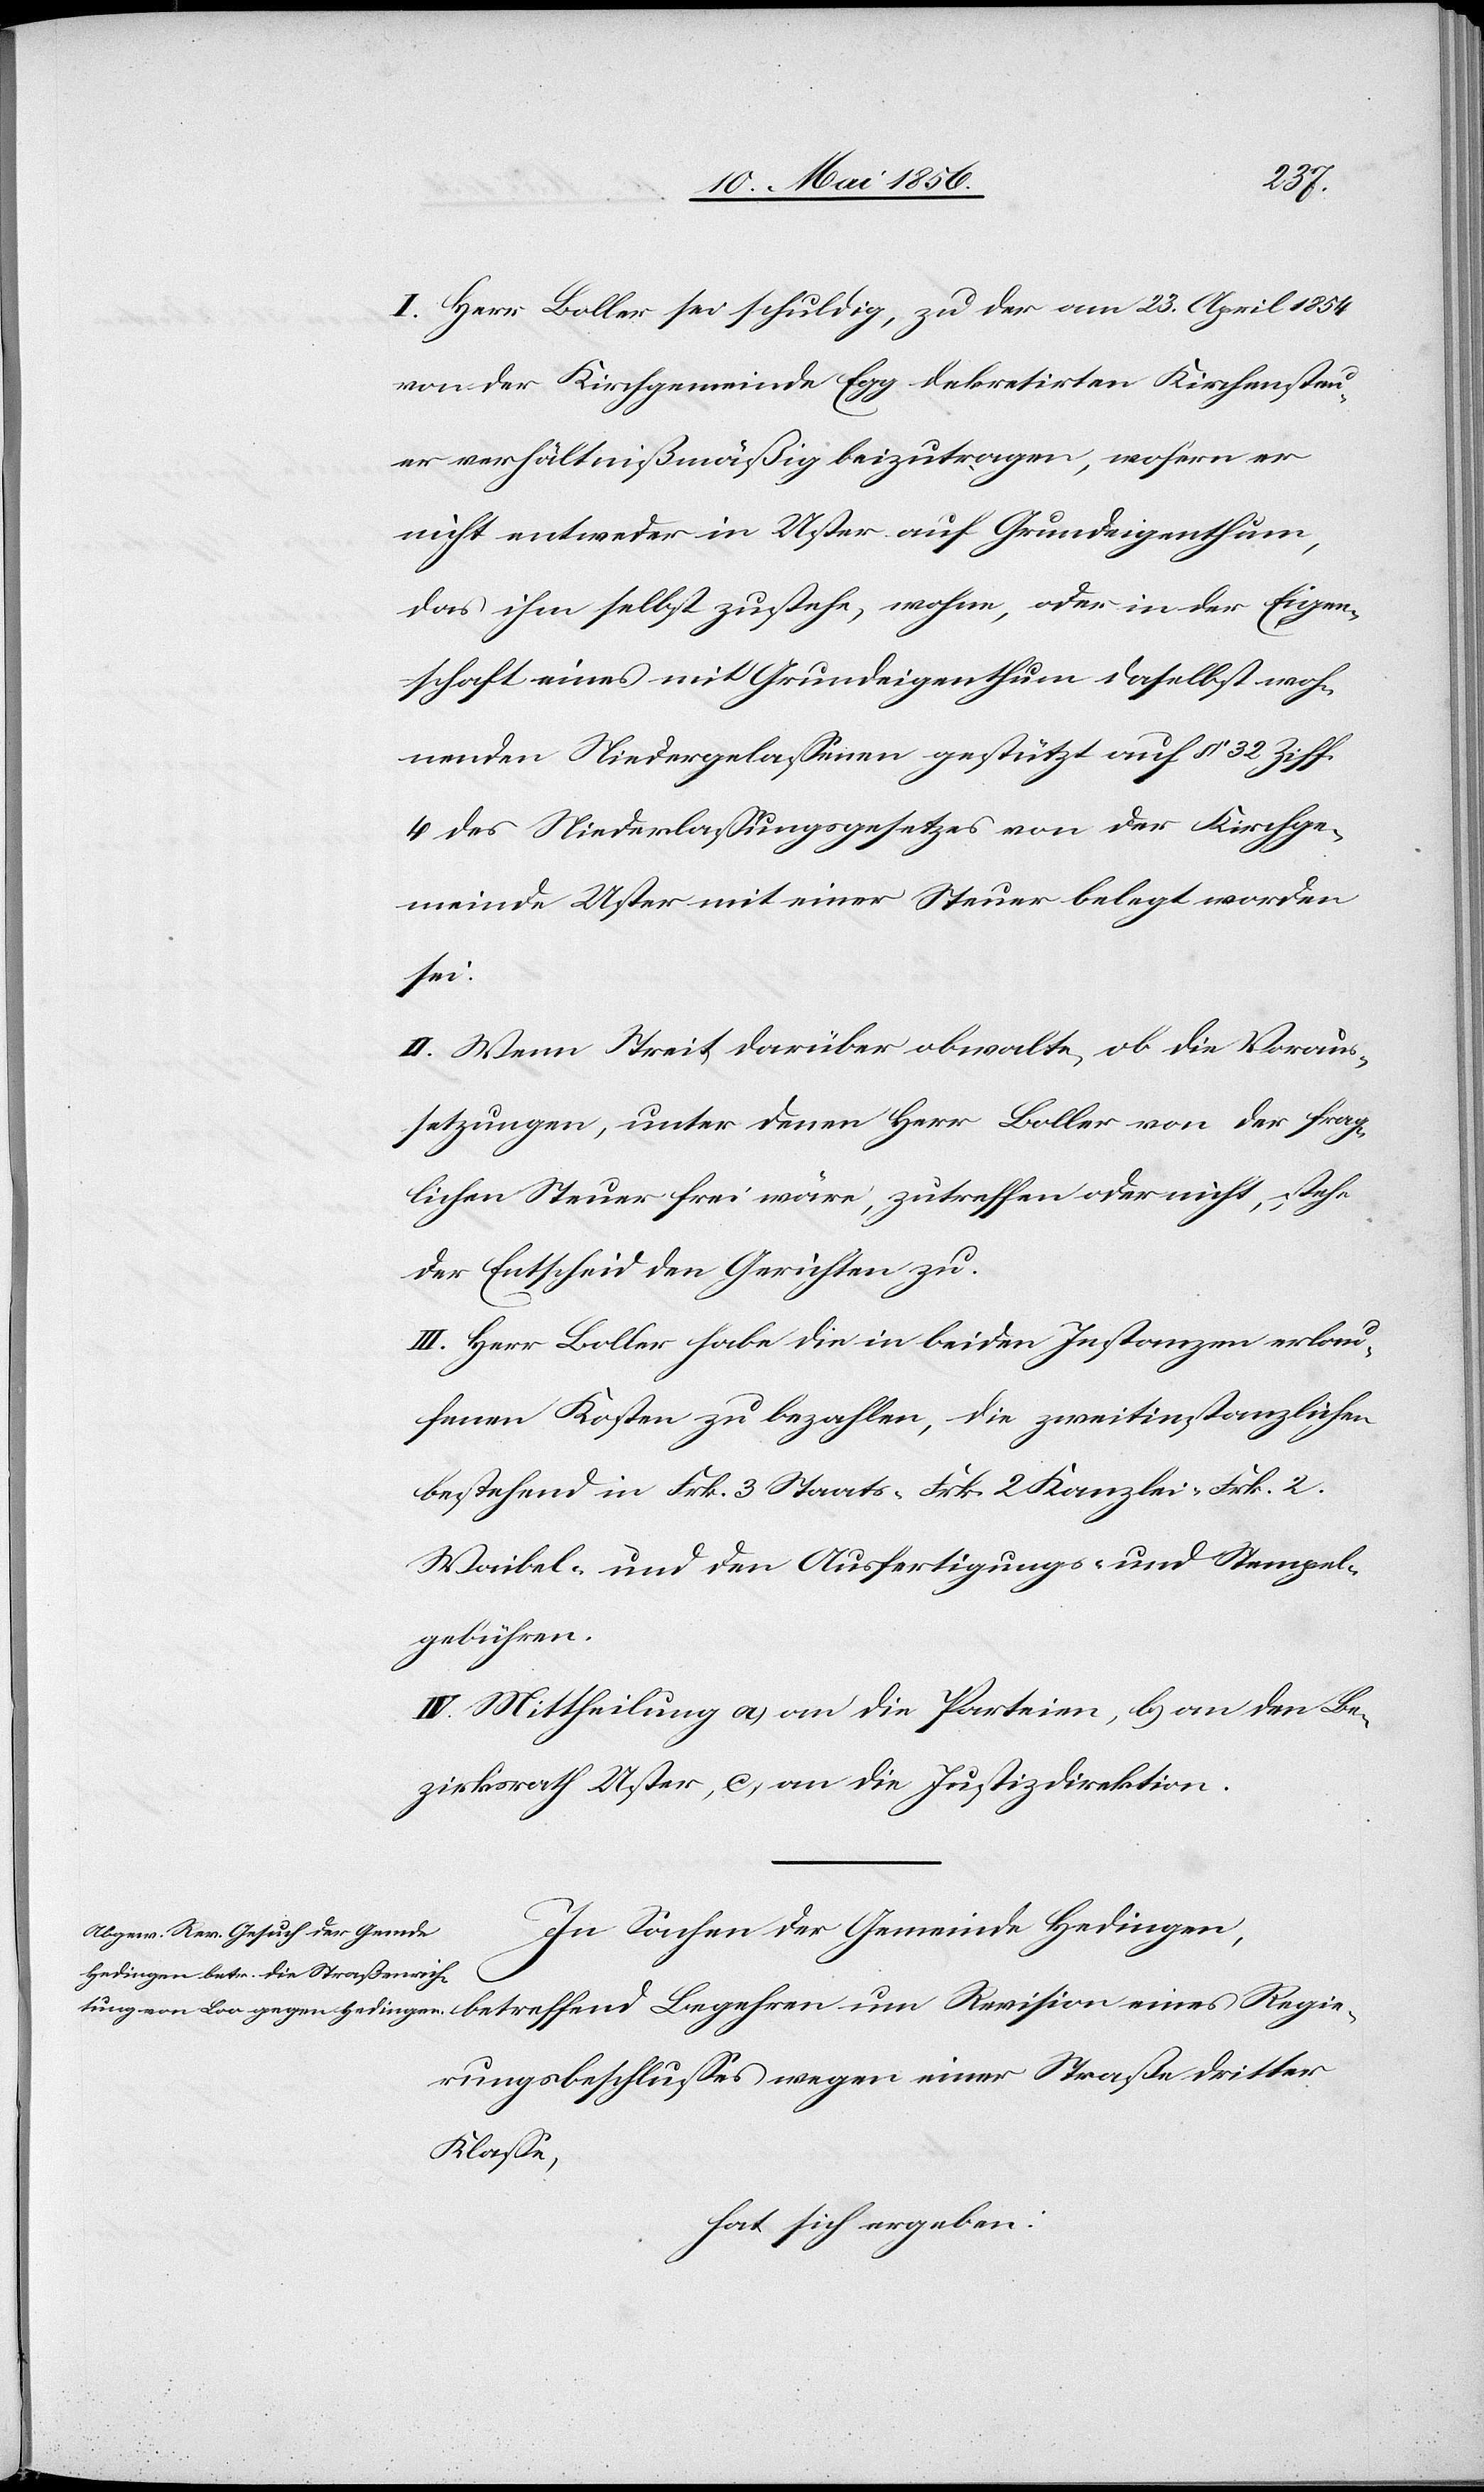
Regie¬
I. Herr Boller sei schuldig, zu der am 23. April 1854
von der Kirchgemeinde Egg dekretirten Kirchensteu¬
er verhältnißmäßig beizutragen, wofern er
nicht entweder in Uster auf Grundeigenthum,
das ihm selbst zustehe, wohne, oder in der Eigen¬
schaft eines mit Grundeigenthum daselbst woh¬
nenden Niedergelassenen gestützt auf § 32 Ziff.
4 des Niederlassungsgesetzes von der Kirchge¬
meinde Uster mit einer Steuer belegt worden
sei.
II. Wenn Streit darüber obwalte, ob die Voraus¬
setzungen, unter denen Herr Boller von der frag¬
lichen Steuer frei wäre, zutreffen oder nicht, stehe
der Entscheid den Gerichten zu.
III. Herr Boller habe die in beiden Instanzen erlau¬
fenen Kosten zu bezahlen, die zweitinstanzlichen
bestehend in Frk. 3 Staats- [,] Frk. 2 Kanzlei- [,] Frk. 2.
Waibel- und den Ausfertigungs- und Stempel¬
gebühren.
IV. Mittheilung a, an die Parteien, b, an den Be¬
zirksrath Uster, c, an die Justizdirektion.
In Sachen der Gemeinde Hedingen,
rungsbeschlusses wegen einer Straße dritter
Klasse,
hat sich ergeben: